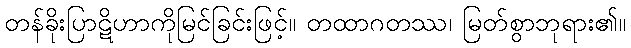
တန်ခိုးပြာဋိဟာကိုမြင်ခြင်းဖြင့်။ တထာဂတဿ၊ မြတ်စွာဘုရား၏။